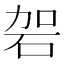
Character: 䂟